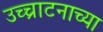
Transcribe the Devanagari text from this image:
उच्चाटनाच्या